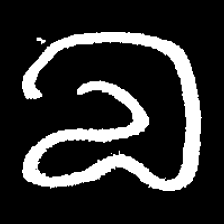
Pyu character \u2014 Myanmar letter: လ (romanized: la)